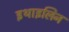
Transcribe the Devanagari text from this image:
इथाइलिन